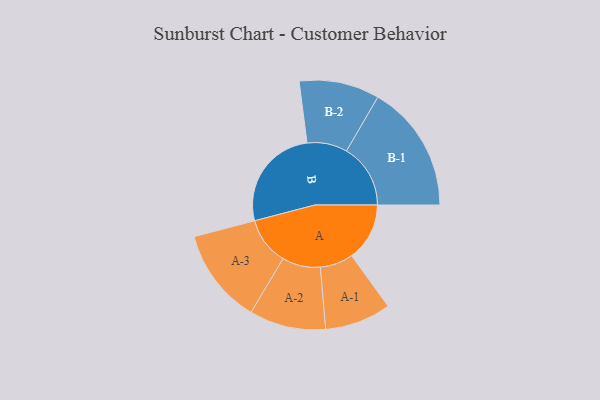
{"axis": {"x": "Segment", "y": "Value"}, "legend": ["", "A", "B"], "data": [{"x": "A", "y": 238, "type": ""}, {"x": "B", "y": 428, "type": ""}, {"x": "A-1", "y": 136, "type": "A"}, {"x": "A-2", "y": 157, "type": "A"}, {"x": "A-3", "y": 196, "type": "A"}, {"x": "B-1", "y": 263, "type": "B"}, {"x": "B-2", "y": 165, "type": "B"}]}